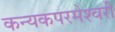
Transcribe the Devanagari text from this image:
कन्‍यकपरमेश्‍वरी